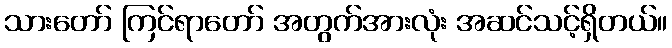
သားတော် ကြင်ရာတော် အတွက်အားလုံး အဆင်သင့်ရှိတယ်။